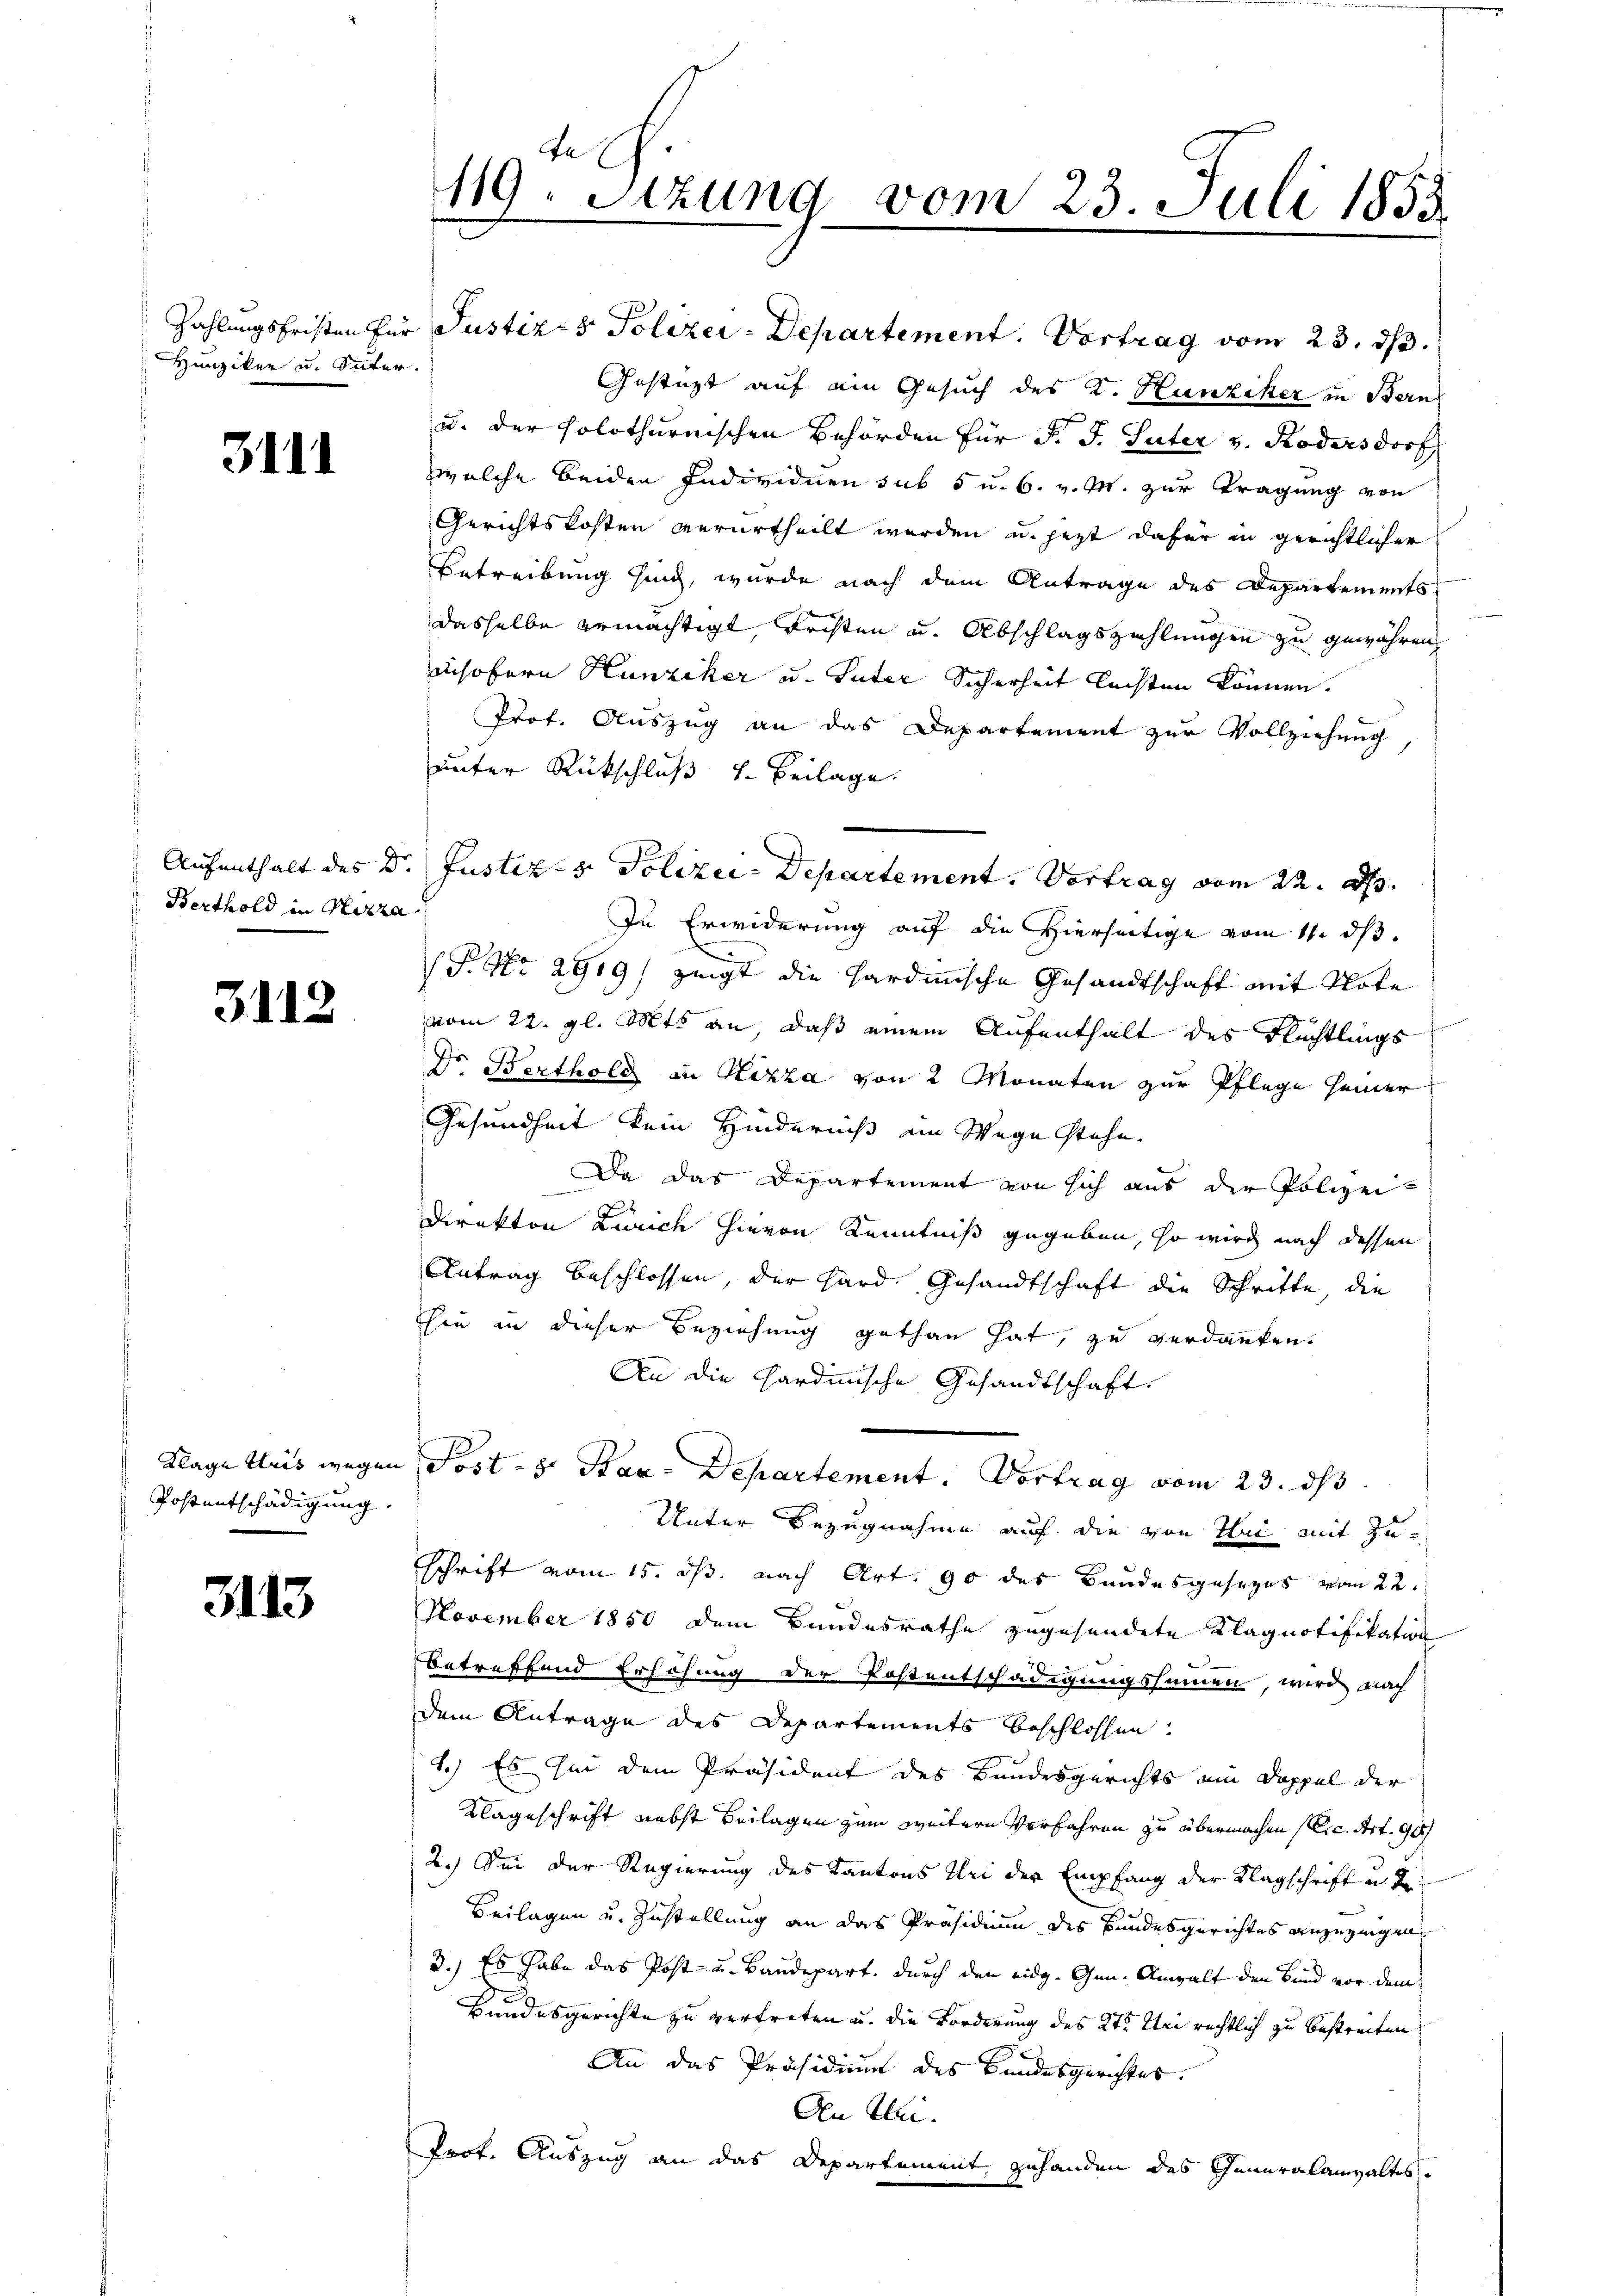
Hunziker u. Seiter.

311.

Berthold in Nizza

3.112

Postentschädigung

3113

119. Sitzung vom 23. Juli 1853

Zahlungsfristen für Justiz- & Polizei-Departement. Vortrag vom 23. ds.
Gestüzt auf ein Gesuch des K. Hunziker in Bern
u. der holothurnischen Behörden für d. J. Suter v. Ködersdorf,
welche beiden Individuen sub 5 u. 6. v. M. zur Tragung von
Gerichtskosten verurtheilt werden u. jetzt dafür in gerichtlicher
Betreibung sind, wurde nach dem Antrage des Departements
dasselbe ermächtigt, Fristen u. Abschlagszahlungen zu gewähren,
insofern Hunziker u. Suter Sicherheit lachten können.
Prof. Auszug an das Departement zur Vollziehung
unter Rückschluß v. Beilage.
In Erwiderung auf die Hierseitige vom 11. ds.
(P. Nr. 2919/ zeigt die hardinische Gesandtschaft mit Note
vom 22. gl. Mts. an, daß einem Aufenthalt des Flüchtlings
Dr. Berthold in Nizza von 2 Monaten zur Pflege seiner
Gesundheit kein Hinderniß im Wege stehe.
Da das Departement von sich aus der Polizei¬
2
Direkton Zeuch hievon Kenntniß gegeben, so wird nach dessen
Antrag beschlossen, der Hard Gesandtschaft die Schritte, die
hie in dieser Beziehung gethan hat, zu verdanken.
An die Hardinische Gesandtschaft.
Klage tris wegen Post - 8. Stan-Departement. Vortrag vom 23. ds
Unter Bezugnahme auf die von Sei mit Zuschrift vom 15. ds, nach Art. 90 des Bundesgesezes vom 22.
November 1850 dem Bundesrathe zugesendete Klagnotifikation
betreffend Erhöhung der Kostentschädigungssummen, wird nach
dem Antrage des Departements beschlossen.
1.) Es sei dem Präsident des Bundesgerichts am Doppel der
Klageschrift nebst Beilagen zum weitern Verfahren zu übermachen (Eic. Art. 90
2.) Sei der Regierung des Kantons Uri der Empfang der Klagschrift u. d.
Beilagen und Zustellung an das Präsidium des Bundesgerichtes anzuzeigen.
3.) Es habe das Post u. Baudepart, durch den eidg. Gen. Anwalt den Bund vor dem
Bundesgerichte zu vertreten u. die Forderung des 2te Sei rechtlich zu bestreiten.
An das Präsidium des Bundesgerichtes.
An Klei¬
Prof. Auszug an das Departement zuhanden des Generalanwaltes

Aufenthalt des Dr. Justiz- & Polizei-Departement. Vortrag vom 22. A.